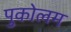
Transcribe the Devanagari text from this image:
पुकोलम